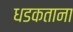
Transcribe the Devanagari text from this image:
धडकताना